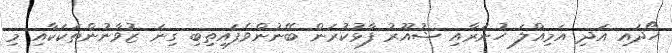
ހޯދައި އަދި އަމިއްލަ ހުނަރާއި ޝުއޫރު ފާޅުކުރަން ބޭނުންވެފައިތިބި ގިނަ ޒުވާނުންތަކަކާއި މި